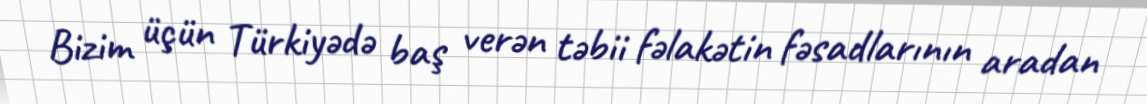
Bizim üçün Türkiyədə baş verən təbii fəlakətin fəsadlarının aradan